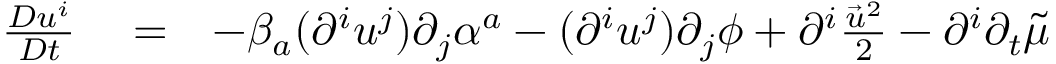
\begin{array} { r l r } { \frac { D u ^ { i } } { D t } } & { { } = } & { - \beta _ { a } ( \partial ^ { i } u ^ { j } ) \partial _ { j } \alpha ^ { a } - ( \partial ^ { i } u ^ { j } ) \partial _ { j } \phi + \partial ^ { i } \frac { \vec { u } ^ { 2 } } { 2 } - \partial ^ { i } \partial _ { t } \tilde { \mu } } \end{array}